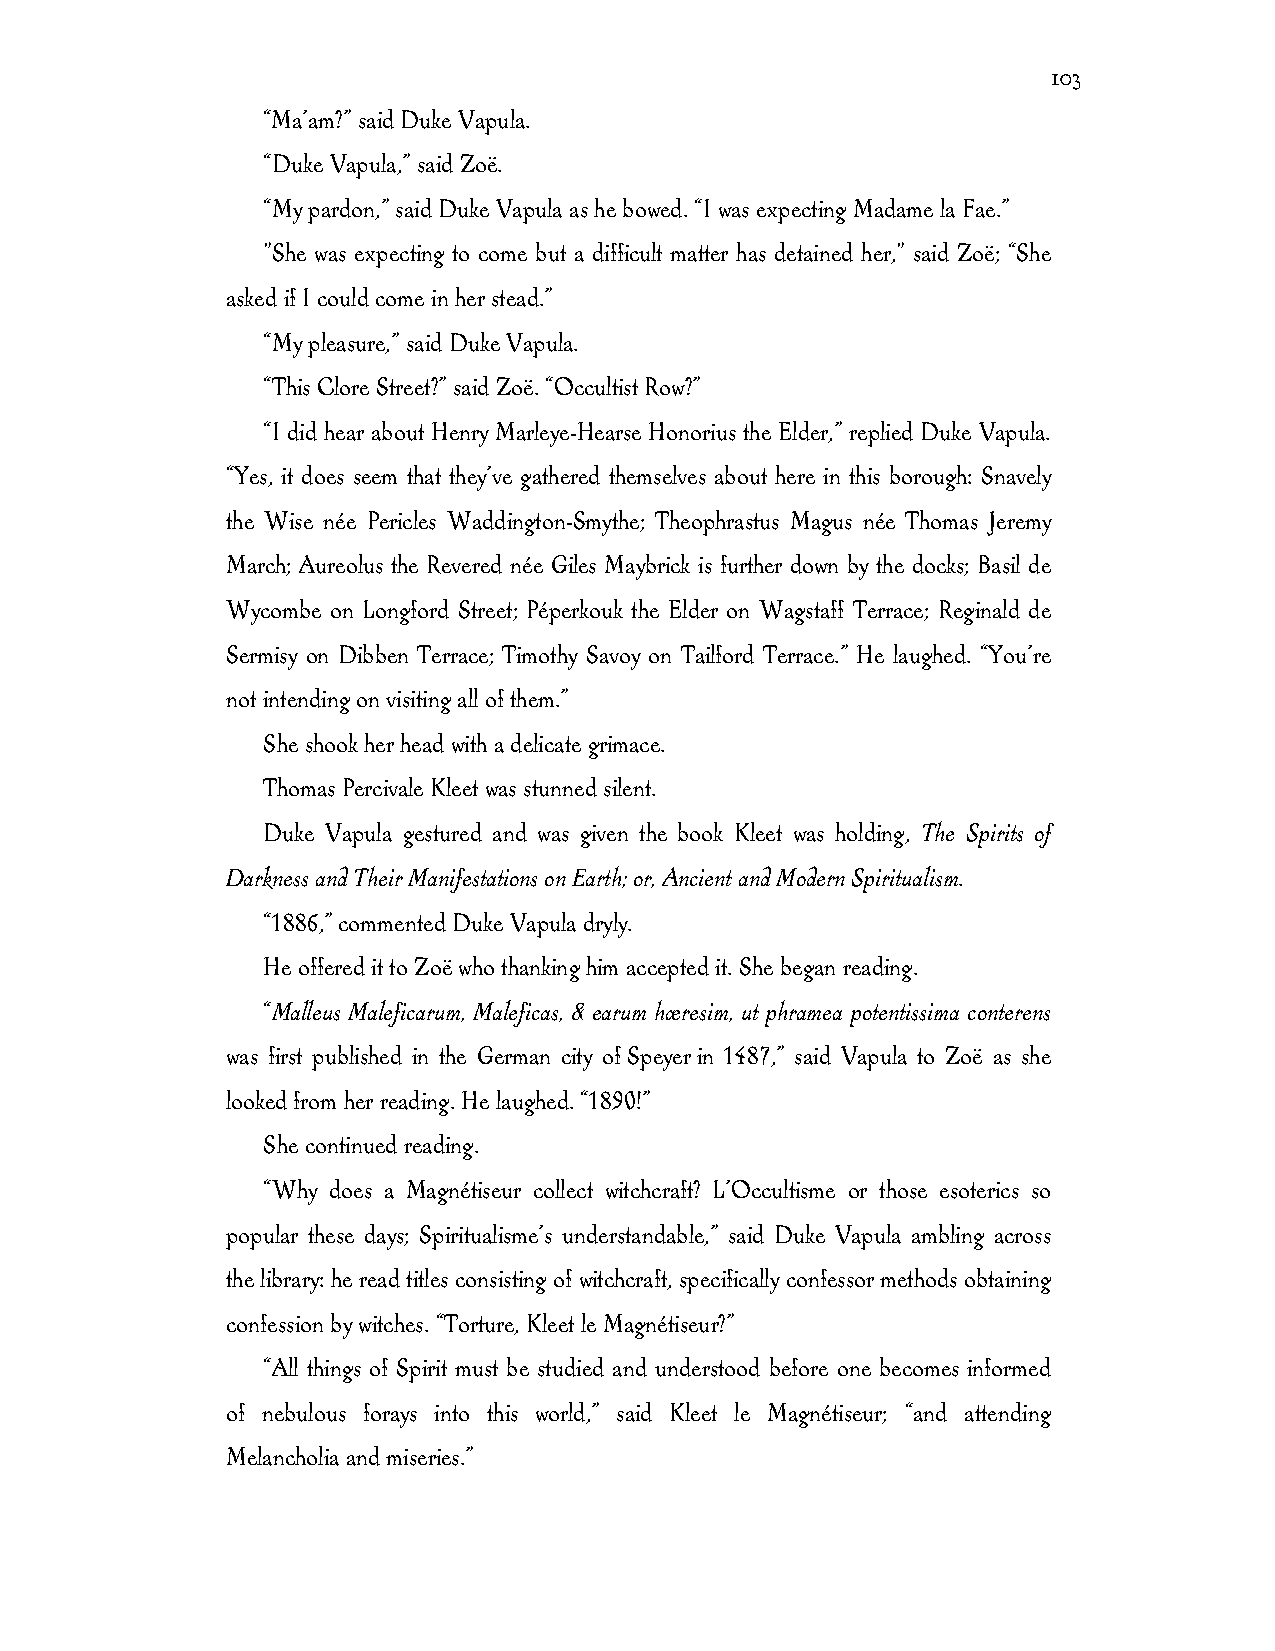
103
 “Ma’am?” said Duke Vapula.
 “Duke Vapula,” said Zoë.
 “My pardon,” said Duke Vapula as he bowed. “I was expecting Madame la Fae.”
 "She was expecting to come but a difficult matter has detained her," said Zoë; “She
 asked if I could come in her stead.”
 “My pleasure,” said Duke Vapula.
 “This Clore Street?” said Zoë. “Occultist Row?”
 “I did hear about Henry Marleye-Hearse Honorius the Elder,” replied Duke Vapula.
 “Yes, it does seem that they’ve gathered themselves about here in this borough: Snavely
 the Wise née Pericles Waddington-Smythe; Theophrastus Magus née Thomas Jeremy
 March; Aureolus the Revered née Giles Maybrick is further down by the docks; Basil de
 Wycombe on Longford Street; Péperkouk the Elder on Wagstaff Terrace; Reginald de
 Sermisy on Dibben Terrace; Timothy Savoy on Tailford Terrace.” He laughed. “You’re
 not intending on visiting all of them.”
 She shook her head with a delicate grimace.
 Thomas Percivale Kleet was stunned silent.
 Duke Vapula gestured and was given the book Kleet was holding, The Spirits of
 Darkness and Their Manifestations on Earth; or, Ancient and Modern Spiritualism.
 “1886,” commented Duke Vapula dryly.
 He offered it to Zoë who thanking him accepted it. She began reading.
 “Malleus Maleficarum, Maleficas, & earum hæresim, ut phramea potentissima conterens
 was first published in the German city of Speyer in 1487,” said Vapula to Zoë as she
 looked from her reading. He laughed. “1890!”
 She continued reading.
 “Why does a Magnétiseur collect witchcraft? L’Occultisme or those esoterics so
 popular these days; Spiritualisme’s understandable,” said Duke Vapula ambling across
 the library: he read titles consisting of witchcraft, specifically confessor methods obtaining
 confession by witches. “Torture, Kleet le Magnétiseur?”
 “All things of Spirit must be studied and understood before one becomes informed
 of nebulous forays into this world,” said Kleet le Magnétiseur; “and attending
 Melancholia and miseries.”